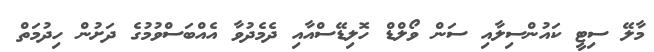
މާލޭ ސިޓީ ކައުންސިލާއި ސަން ވޯލްޑް ހޮލިޑޭސްއާއި ދެމެދުވާ އެއްބަސްވުމުގެ ދަށުން ހިދުމަތް